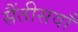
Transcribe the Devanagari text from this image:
सैंतीसवाँ